Insane asylums Bombay 1873-77 - 1873-1877
Year: 1873
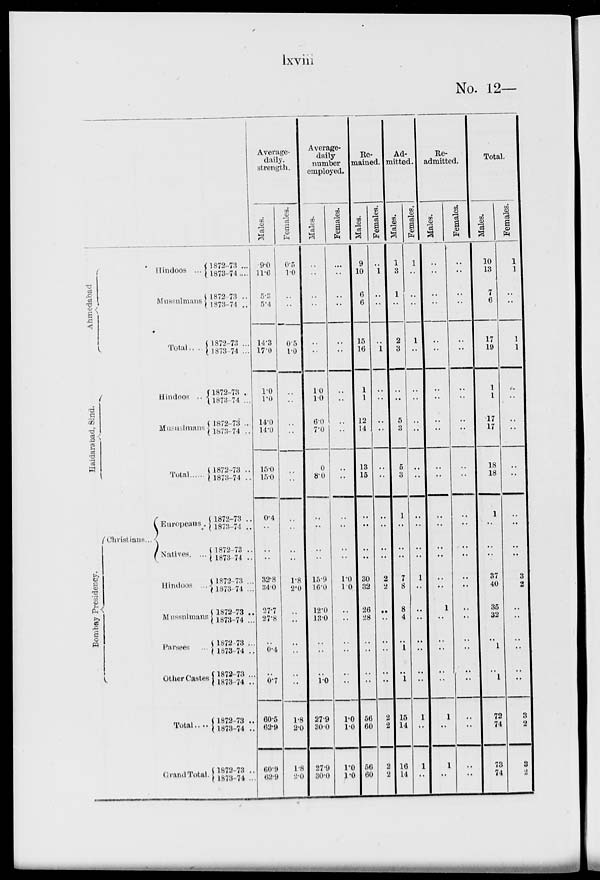
lxviii
No. 12—
Ahmedabad
Haidarabad, Sind.
Bombay Presidency.
Hindoos ...
Mussulmans
Total ...
Hindoos ..
Mussulmans
Total
Christians ...
Europeans .
Natives. ...
Hindoos ...
Mussulmans
Parsees ...
Other Castes
Total ....
Grand Total.
1872-73 ...
1873-74 ....
1872-73 ..
1873-74 ..
1872-73 ...
1873-74 ...
1872-73 ..
1873-74 ..
1872-73 ...
1673-74 ..
1872-73 ..
1873-74 ..
1872-73 ..
1873-74 ..
1872-73 ..
1873-74 ..
1872-73 ...
1873-74 ...
1872-73 ..
1873-74 ...
1872-73 ...
1873-74 ..
1872-73 ...
1873-74 ..
1872-73 ..
1873-74 ..
1872-73 ..
1873-74 ...
Average-
daily,
strength.
Males.
9.0
11.6
5.3
5.4
14.3
17.0
1.0
1.0
14.0
14.0
15.0
15.0
0.4
..
..
..
32.8
34.0
27.7
27.8
..
0.4
..
0.7
60.5
62.9
60.9
62.9
Females.
0.5
1.0
..
..
0.5
1.0
..
..
..
..
..
..
..
..
..
..
1.8
2.0
..
..
..
..
..
..
1.8
2.0
1.8
2.0
Average.
daily
number
employed.
Males.
..
..
..
..
..
..
1.0
1.0
6.0
7.0
0
8.0
..
..
..
..
15.9
16.0
12.0
13.0
..
..
..
1.0
27.9
30.0
27.9
30.0
Females.
..
..
..
..
..
..
..
..
..
..
..
..
..
..
..
..
1.0
1.0
..
..
..
..
..
..
1.0
1.0
1.0
1.0
Re-
mained.
Males.
9
10
6
6
15
16
1
1
12
14
13
15
..
..
..
..
30
32
26
28
..
..
..
..
56
60
56
60
Females.
..
1
..
..
..
1
..
..
..
..
..
..
..
..
..
..
2
2
..
..
..
..
..
..
2
2
2
2
Ad-
mitted.
Males.
1
3
1
..
2
3
..
..
5
3
5
3
1
..
..
..
7
8
8
4
..
1
..
1
15
14
16
14
Females.
1
..
..
..
1
..
..
..
..
..
..
..
..
..
..
..
1
..
..
..
..
..
..
..
1
..
1
..
Re-
admitted.
Males.
..
..
..
..
..
..
..
..
..
..
..
..
..
..
..
..
..
..
1
..
..
..
..
..
1
..
1
..
Females.
..
..
..
..
..
..
..
..
..
..
..
..
..
..
..
..
..
..
..
..
..
..
..
..
..
..
..
..
Total.
Males.
10
13
7
6
17
19
1
1
17
17
18
18
1
..
..
..
37
40
35
32
..
1
..
1
72
74
73
74
Females.
1
1
..
..
1
1
..
..
..
..
..
..
..
..
..
..
3
2
..
..
..
..
..
..
3
2
3
2